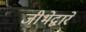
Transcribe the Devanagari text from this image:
जीभेद्वारे